Virumaa_algkoolid, lk 57
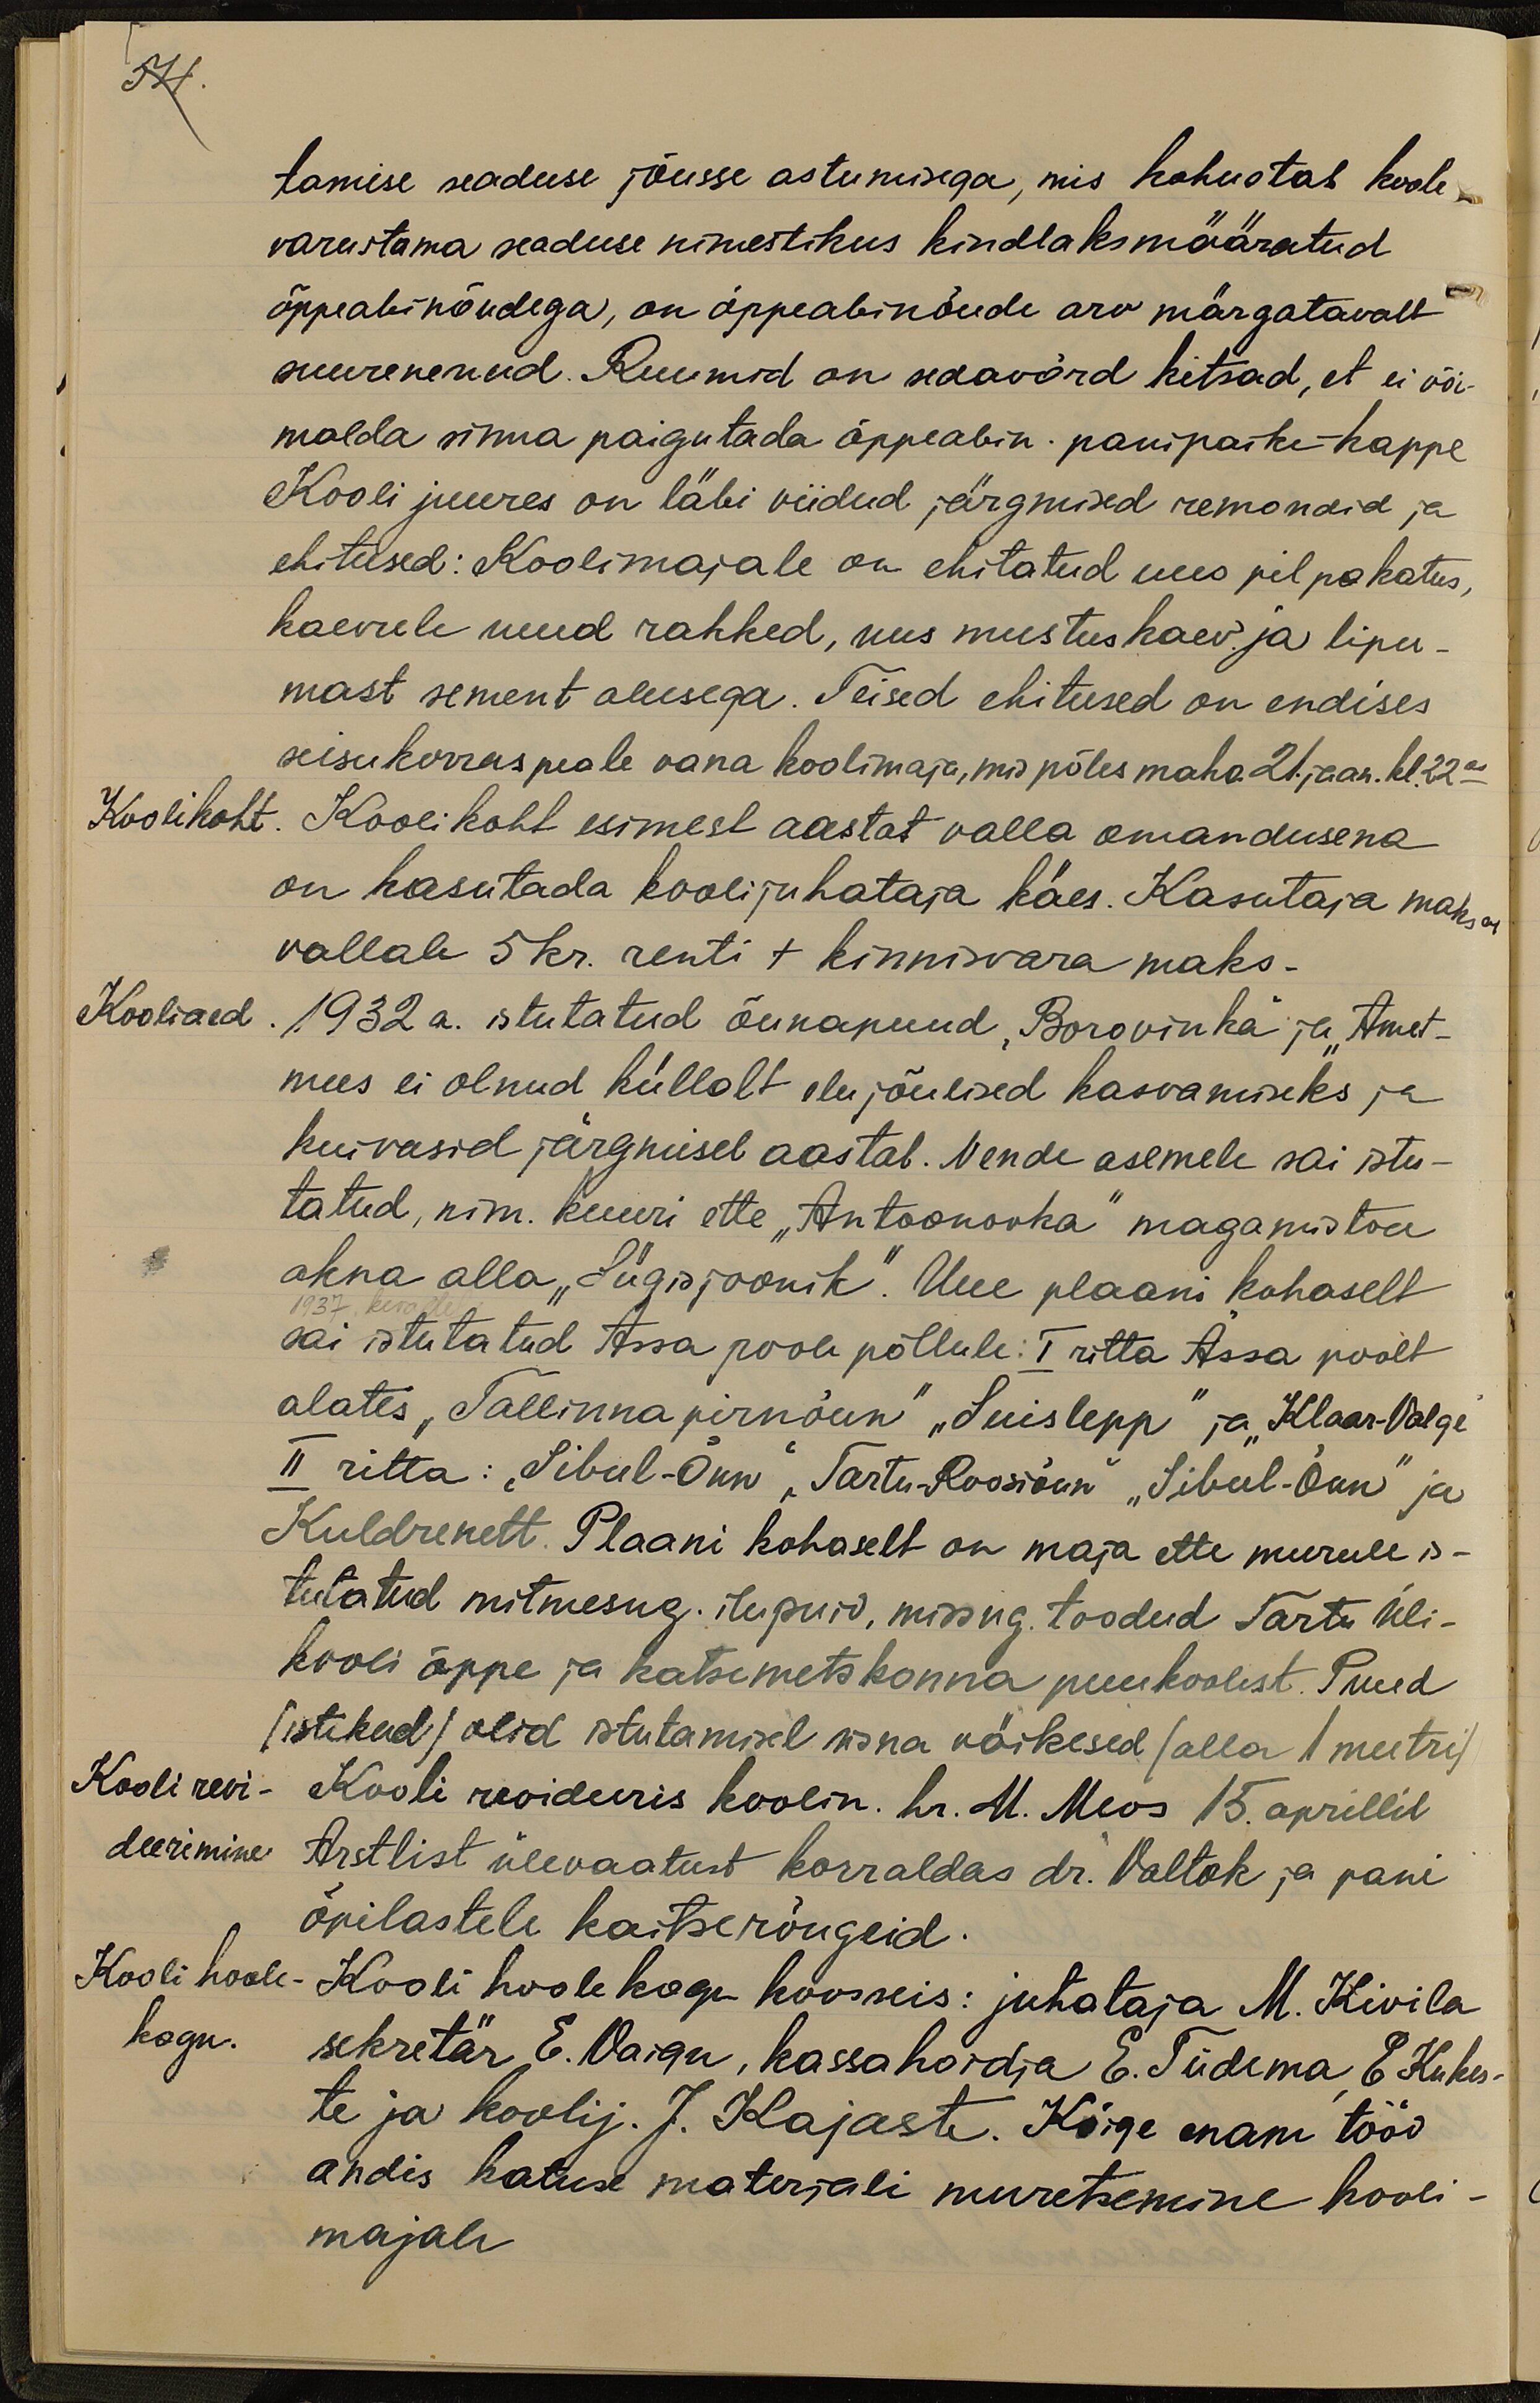
54.
tamise seaduse jõusse astumisega, mis kohustab koole
varustama seaduse nimestikus kindlaksmääratud
õppeabinõudega, on õppeabinõude arv märgatavalt
suurenenud. Ruumid on sedavõrd kitsad, et ei või-
malda sinna paigutada õppeabin. panipaike-kappe
Kooli juures on läbi viidud järgmised remondid ja
ehitused: Koolimajale on ehitatud uus pilpakatus,
kaevule uued rakked, uus mustuskaev ja lipu-
mast sement alusega. Teised ehitused on endises
seisukorras peale vana koolimaja, mis põles maha 21. jaan. kl. 22:00
Koolikoht.
Kooli koht esimest aastat valla omandusena
on kasutada koolijuhataja käes. Kasutaja maksa
vallale 5 kr. renti + kinnisvara maks.
Kooliaed.
1932 a. istutatud õunapuud "Borovinka" ja Amet-
mees ei olnud küllalt elu jõulised kasvamiseks ja
kuivasid järgmisel aastal. Nende asemele sai istu-
tatud, nim. kuuri ette "Antoonovka" magamistoa
akna alla "Sügisjoonik". Uue plaani kohaselt
sai istutatud Assa poole põllule: I ritta Ässa poolt
alates "Tallinna pirnõun" "Suislepp" ja "Klaar-Valge
II ritta: "Sibul-Õun", "Tartu-Roosiõun" "Sibul-Õun" ja
Kuldrenett. Plaani kohaselt on maja ette murule is-
tutatud mitmesug. ilupuid, missug. toodud Tartu Üli-
kooli õppe ja katsemetskonna puukoolist. Puud
(istikud) olid istutamisel üsna väikesed (alla 1 meetri)
Kooli revi-
Kooli revideeris koolin. hr. M. Meos 15. aprillil.
deerimine
Arstlist ülevaatust korraldas dr. Valtok ja pani
õpilastele kaitserõugeid
Kooli hoole
Kooli hoolekogu kooseis: juhataja M. Kivila
kogu.
sekretär E. Vaigu, kassahoidja E. Tiidema E. Kukes-
te ja koolij. J. Kajaste. Kõige enam tööd
andis katuse materjali muretsemine kooli-
majale